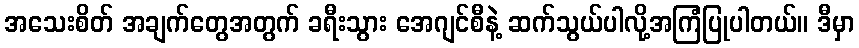
အသေးစိတ် အချက်တွေအတွက် ခရီးသွား အေဂျင်စီနဲ့ ဆက်သွယ်ပါလို့အကြံပြုပါတယ်။ ဒီမှာ